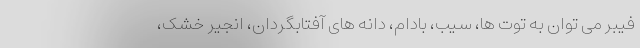
فیبر می توان به توت ها، سیب، بادام، دانه های آفتابگردان، انجیر خشک،